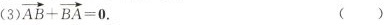
(3)$$\overrightarrow{AB} + \overrightarrow{BA} = 0$$. （）